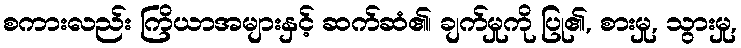
စကားလည်း ကြိယာအများနှင့် ဆက်ဆံ၏၊ ချက်မှုကို ပြု၏, စားမှု, သွားမှု,